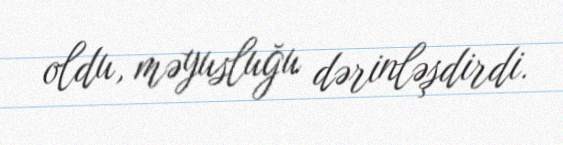
oldu, məyusluğu dərinləşdirdi.